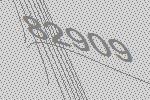
82909